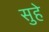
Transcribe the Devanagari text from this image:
सुहे